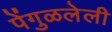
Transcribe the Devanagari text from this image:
पेंगुळलेली